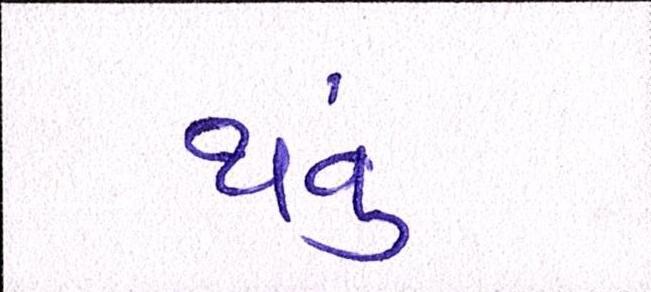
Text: થવું